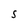
Character: S